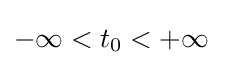
-\infty <t_{0}<+\infty \